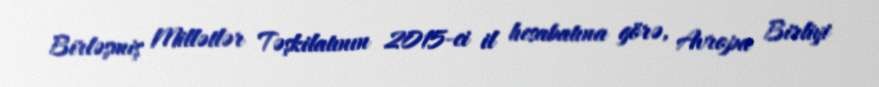
Birləşmiş Millətlər Təşkilatının 2015-ci il hesabatına görə, Avropa Birliyi